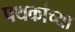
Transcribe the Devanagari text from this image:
पथकांच्या